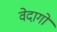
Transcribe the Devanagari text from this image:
वेदागों